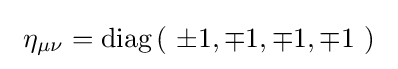
\ \eta _{\mu \nu }={\text{diag}}\left(\ \pm 1,\mp 1,\mp 1,\mp 1\ \right)\